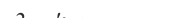
١٠٠